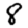
Digit: 8